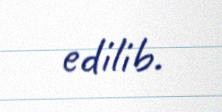
edilib.